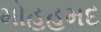
મોહહમદ